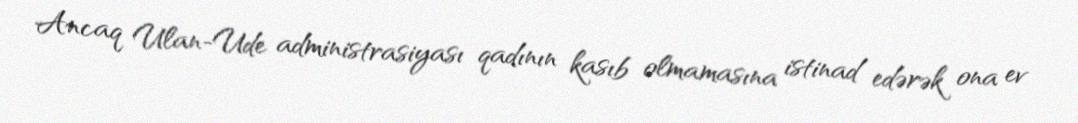
Ancaq Ulan-Ude administrasiyası qadının kasıb olmamasına istinad edərək ona ev